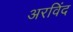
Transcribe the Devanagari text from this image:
अरविंद